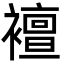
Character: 襢